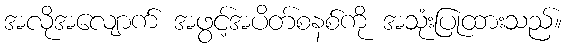
အလိုအလျောက် အဖွင့်အပိတ်စနစ်ကို အသုံးပြုထားသည်။